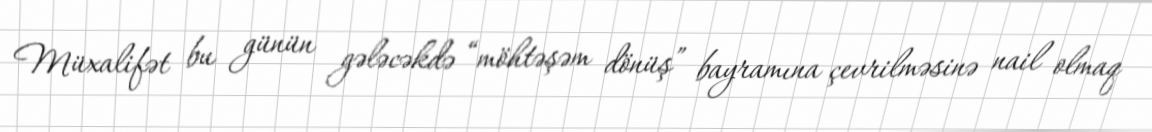
Müxalifət bu günün gələcəkdə “möhtəşəm dönüş” bayramına çevrilməsinə nail olmaq